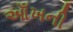
આઁખની